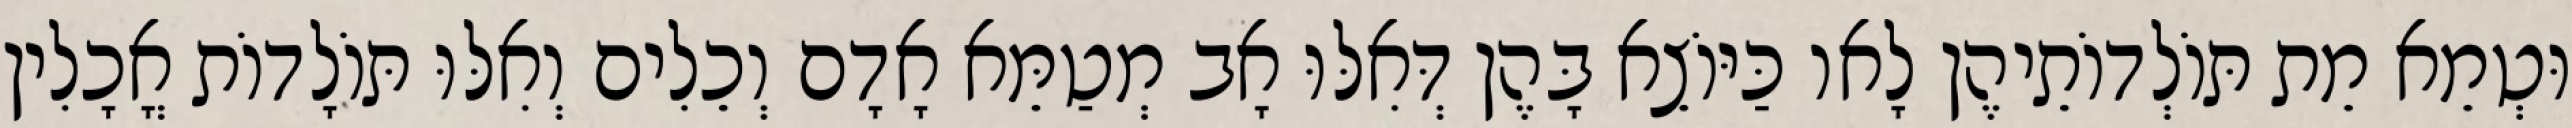
וּטְמֵא מֵת תּוֹלְדוֹתֵיהֶן לָאו כַּיּוֹצֵא בָּהֶן דְּאִלּוּ אָב מְטַמֵּא אָדָם וְכֵלִים וְאִלּוּ תּוֹלָדוֹת אֳכָלִין